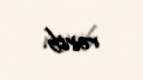
verib.